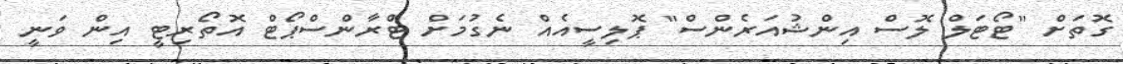
ގޮތަށް "ޓޯޓަލް ލޮސް އިންޝުއަރެންސް" ޕޮލިސީއެއް ނެގުމަށް ޓްރާންސްޕޯޓް އޮތޯރިޓީ އިން ވަނީ